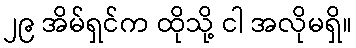
၂၉ အိမ်ရှင်က ထိုသို့ ငါ အလိုမရှိ။